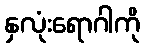
နှလုံးရောဂါကို